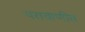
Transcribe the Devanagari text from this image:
परावाणीत